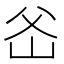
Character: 𤕏